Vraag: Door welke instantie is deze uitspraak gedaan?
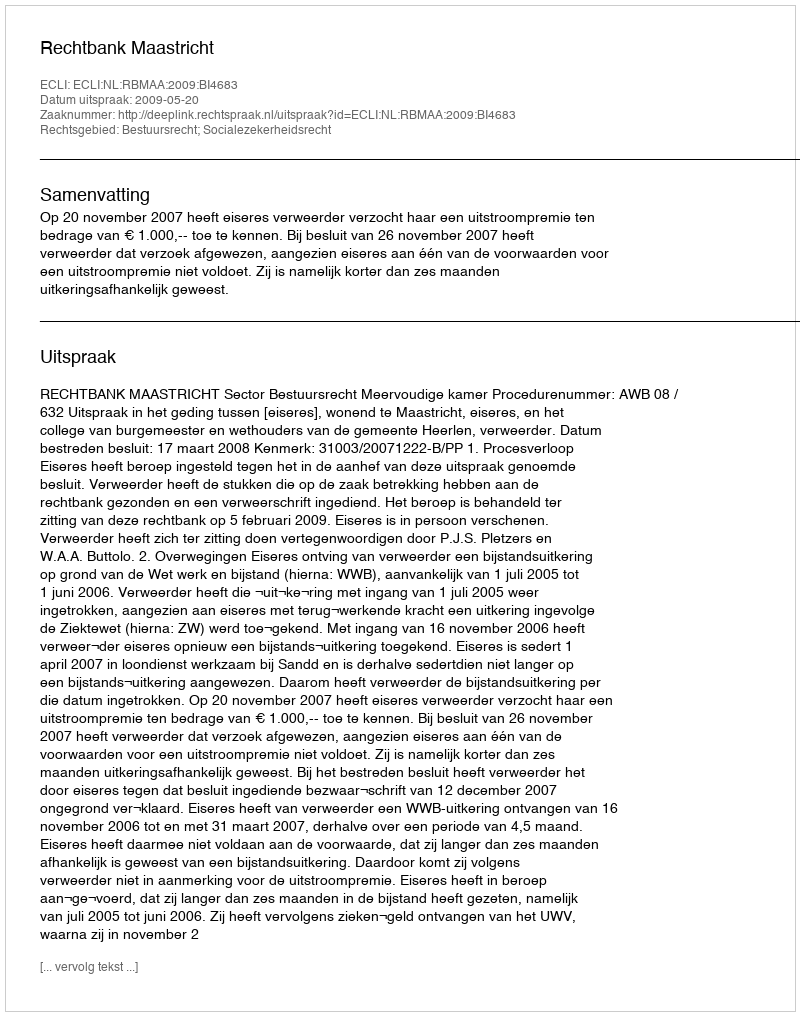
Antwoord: Rechtbank Maastricht